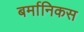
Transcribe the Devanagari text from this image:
बर्मानिकस